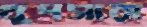
থুপসারা